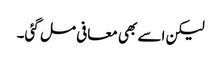
لیکن اسے بھی معافی مل گئی۔